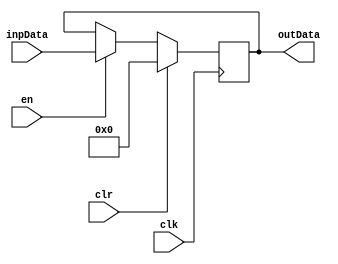
module rPipe #(parameter WIDTH = 32) (
        input clk,
        input en,
        input clr,
        input [(WIDTH - 1):0] inpData,
        output [(WIDTH - 1):0] outData
    );
    reg [(WIDTH - 1):0] savedData;
    assign outData = savedData;

    always @(posedge clk) begin
        if (clr)
            savedData <= 0;
        else if (en)
            savedData <= inpData;
    end

endmodule